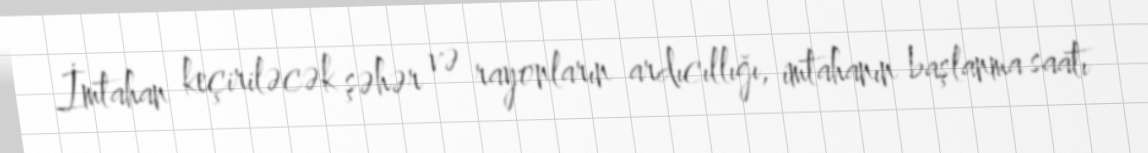
İmtahan keçiriləcək şəhər və rayonların ardıcıllığı, imtahanın başlanma saatı